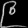
Digit: ၉